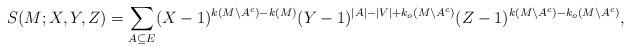
LaTeX: \begin{align*}S(M; X,Y,Z)=\sum_{A\subseteq E}(X-1)^{k(M\backslash A^c)-k(M)}(Y-1)^{|A|-|V|+k_o(M\backslash A^c)}(Z-1)^{k(M\backslash A^c)-k_o(M\backslash A^c)},\end{align*}